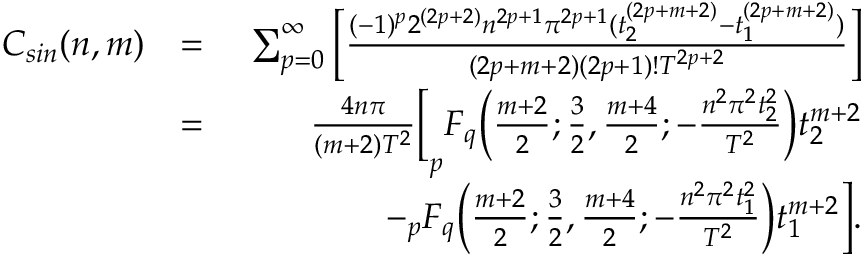
\begin{array} { r l r } { C _ { s i n } ( n , m ) } & { = } & { \sum _ { p = 0 } ^ { \infty } \bigg [ \frac { ( - 1 ) ^ { p } 2 ^ { ( 2 p + 2 ) } n ^ { 2 p + 1 } \pi ^ { 2 p + 1 } ( t _ { 2 } ^ { ( 2 p + m + 2 ) } - t _ { 1 } ^ { ( 2 p + m + 2 ) } ) } { ( 2 p + m + 2 ) ( 2 p + 1 ) ! T ^ { 2 p + 2 } } \bigg ] } \\ & { = } & { \frac { 4 n \pi } { ( m + 2 ) T ^ { 2 } } \bigg [ _ { p } F _ { q } \bigg ( \frac { m + 2 } { 2 } ; \frac { 3 } { 2 } , \frac { m + 4 } { 2 } ; - \frac { n ^ { 2 } \pi ^ { 2 } t _ { 2 } ^ { 2 } } { T ^ { 2 } } \bigg ) t _ { 2 } ^ { m + 2 } } \\ & { \quad } & { - _ { p } F _ { q } \bigg ( \frac { m + 2 } { 2 } ; \frac { 3 } { 2 } , \frac { m + 4 } { 2 } ; - \frac { n ^ { 2 } \pi ^ { 2 } t _ { 1 } ^ { 2 } } { T ^ { 2 } } \bigg ) t _ { 1 } ^ { m + 2 } \bigg ] . } \end{array}